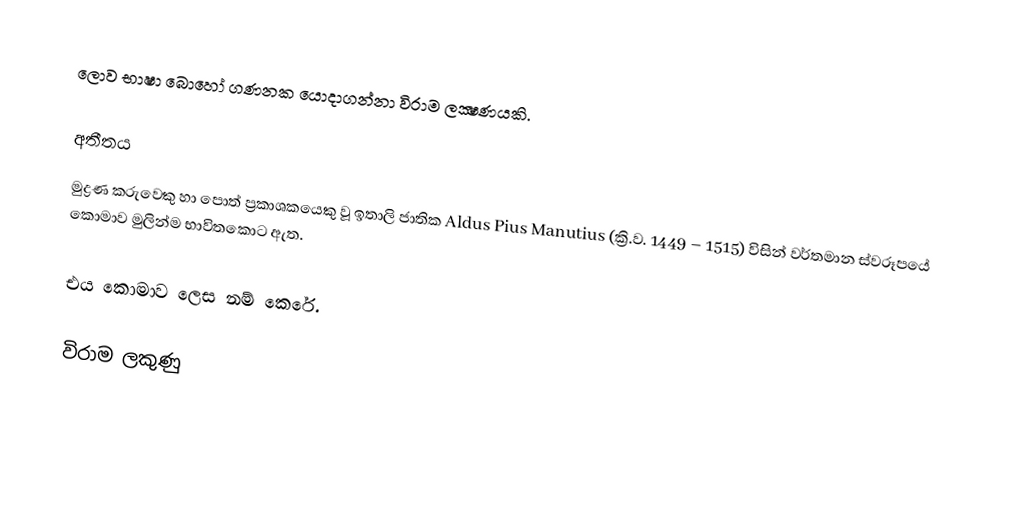
ලොව භාෂා බොහෝ ගණනක යොදාගන්නා විරාම ලක්‍ෂණයකි.

අතීතය
මුද්‍රණ කරුවෙකු හා පොත් ප්‍රකාශකයෙකු වූ ඉතාලි ජාතික Aldus Pius Manutius (ක්‍රි.ව. 1449 – 1515) විසින් වර්තමාන ස්වරූපයේ කොමාව මුලින්ම භාවිතකොට ඇත.

එය කොමාව ලෙස නම් කෙරේ.

විරාම ලකුණු